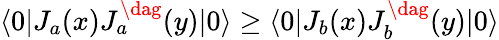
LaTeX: \langle 0|J_{a}(x)J_{a}^{\dag}(y)|0\rangle\geq\langle 0|J_{b}(x)J_{b}^{\dag}(y)|0\rangle